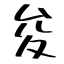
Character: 夋